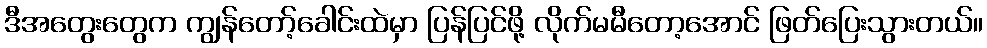
ဒီအတွေးတွေက ကျွန်တော့်ခေါင်းထဲမှာ ပြန်ပြင်ဖို့ လိုက်မမီတော့အောင် ဖြတ်ပြေးသွားတယ်။